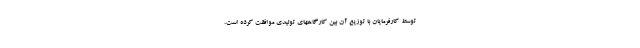
توسط کارفرمایان با توزیع آن بین کارگاههای تولیدی موافقت کرده است.